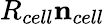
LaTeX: R_{cell}\mathbf{n}_{cell}